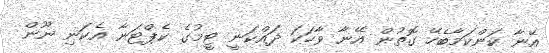
އޭނާ ކަންކަމާބެހޭ ގޮތުން އޭނާ ވާހަކަ ދައްކަނީ ޓީމުގެ ކެޕްޓަނާ އެކަނި ނޫން